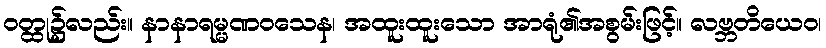
ဝတ္ထု၌လည်း။ နာနာရမ္မဏဝသေန၊ အထူးထူးသော အာရုံ၏အစွမ်းဖြင့်။ လဗ္ဘတိယေဝ၊